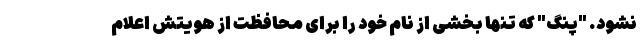
نشود. "پنگ" که تنها بخشی از نام خود را برای محافظت از هویتش اعلام